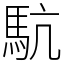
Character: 䭺